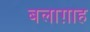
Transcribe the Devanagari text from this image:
बलाग़ाह